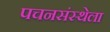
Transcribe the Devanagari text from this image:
पचनसंस्थेला